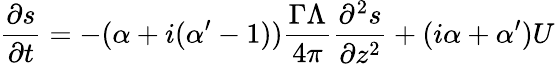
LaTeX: \frac{\partial s}{\partial t}=-(\alpha+i(\alpha^{\prime}-1))\frac{\Gamma\Lambda}{4\pi}\frac{\partial^{2}s}{\partial z^{2}}+(i\alpha+\alpha^{\prime})U